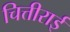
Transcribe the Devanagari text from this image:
चित्तीराई